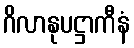
ဂိလာနုပဋ္ဌာကီနံ